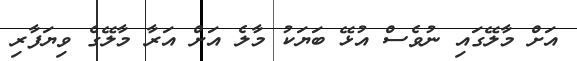
އަށް މާލޭގައި ނުވެސް އުޅޭ ބަޔަކު މާލެ އަށް އަރާ މާލޭގެ ވިޔަފާރި